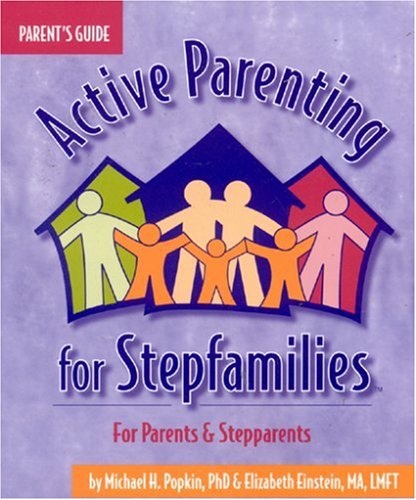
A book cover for Active Parenting for Stepfamilies; Michael H. Popkin; Parenting & Relationships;